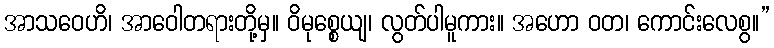
အာသဝေဟိ၊ အာဝေါတရားတို့မှ။ ဝိမုစ္စေယျ၊ လွတ်ပါမူကား။ အဟော ဝတ၊ ကောင်းလေစွ။”